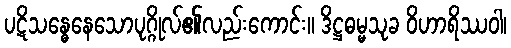
ပဋိသန္ဓေနေသောပုဂ္ဂိုလ်၏လည်းကောင်း။ ဒိဋ္ဌဓမ္မသုခ ဝိဟာရိဿဝါ၊